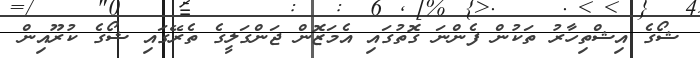
ޝޯގެ އިޝްތިހާރު ތަކުން ފެންނަ ގޮތުގައި އެމަޒޮން ޖަންގަލީގެ ތެރޭގައި ޝޯގެ ކުރޫއިން